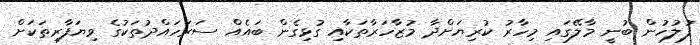
ފުލުހުން ބުނީ މާލޭގައި މިހާރު ކުރިޔަށްދާ މުޒާހަރާތަކާއި ގުޅިގެން ބައެއް ސަރަހައްދުތަކުގެ ވިޔަފާރިތަކަށް